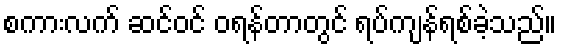
စကားလက် ဆင်ဝင် ဝရန်တာတွင် ရပ်ကျန်ရစ်ခဲ့သည်။